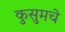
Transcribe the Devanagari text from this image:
कुसुमचे